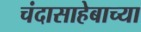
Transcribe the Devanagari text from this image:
चंदासाहेबाच्या